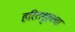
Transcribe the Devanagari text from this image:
हरितगृहाचा